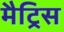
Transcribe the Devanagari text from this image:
मैट्रिस